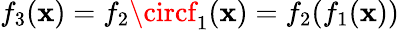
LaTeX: f_{3}(\mathbf{x})=f_{2}\circf_{1}(\mathbf{x})=f_{2}(f_{1}(\mathbf{x}))